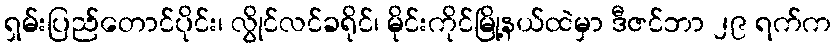
ရှမ်းပြည်တောင်ပိုင်း၊ လွိုင်လင်ခရိုင်၊ မိုင်းကိုင်မြို့နယ်ထဲမှာ ဒီဇင်ဘာ ၂၉ ရက်က